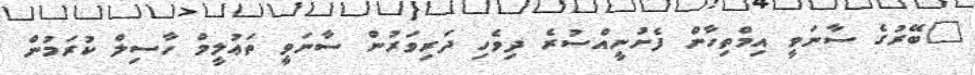
"ބޭރުގެ ސާނަވީ އިމްތިހާން ފެށުނީއްސުރެ ދިވެހި ދަރިވަރުން ސާނަވީ ތަޢުލީމް ހާސިލް ކުރަމުން